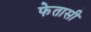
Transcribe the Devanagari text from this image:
फेतासी